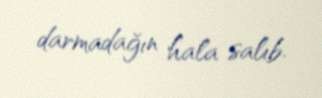
darmadağın hala salıb.